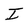
Character: I